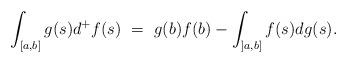
\begin{align*}\int_{[a,b]} g(s) d^+f(s) \ = \ g(b) f(b) - \int_{]a,b]} f(s) dg(s).\end{align*}